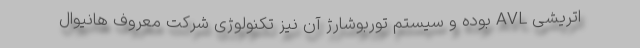
اتریشی AVL بوده و سیستم توربوشارژ آن نیز تکنولوژی شرکت معروف هانیوال